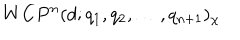
W C P ^ { n } ( d ; q _ { 1 } , q _ { 2 } , \dots , q _ { n + 1 } ) _ { \chi }